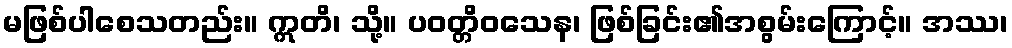
မဖြစ်ပါစေသတည်း။ ဣတိ၊ သို့။ ပဝတ္တိဝသေန၊ ဖြစ်ခြင်း၏အစွမ်းကြောင့်။ အဿ၊